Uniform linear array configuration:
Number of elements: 16
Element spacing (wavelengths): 0.25
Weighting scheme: binomial
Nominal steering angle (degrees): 0
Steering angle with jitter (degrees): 0.0194
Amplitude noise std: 0.05
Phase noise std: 0.05

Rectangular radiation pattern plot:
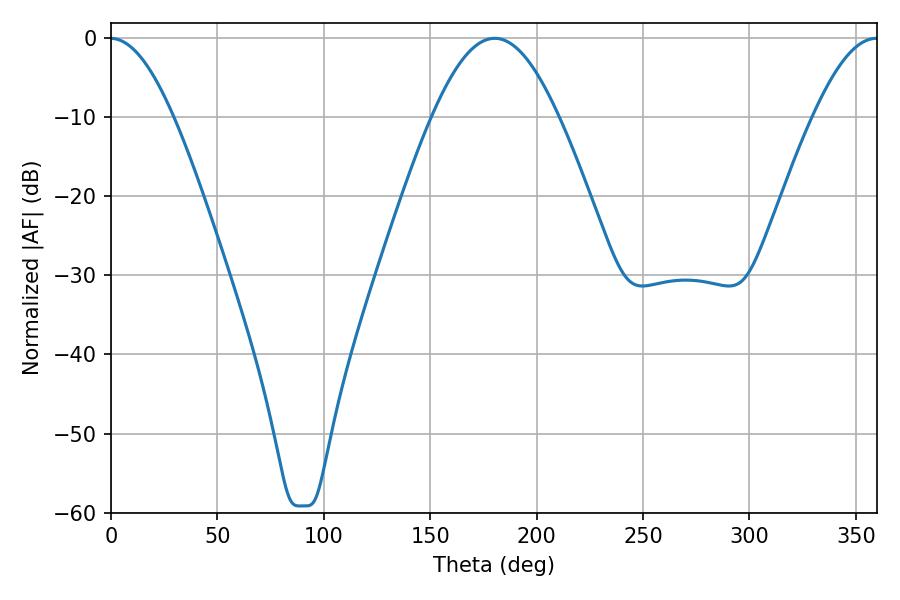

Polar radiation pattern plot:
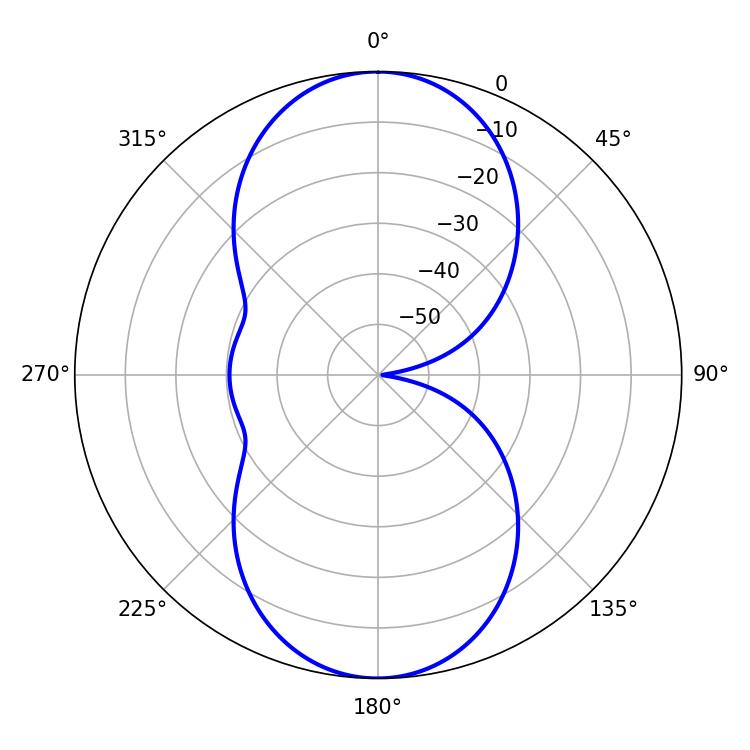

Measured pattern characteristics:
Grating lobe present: FALSE
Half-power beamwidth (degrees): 32.04
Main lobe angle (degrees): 180.36